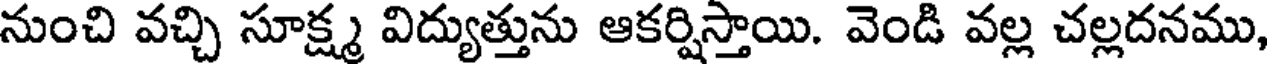
నుంచి వచ్చి సూక్ష్మ విద్యుత్తును ఆకర్షిస్తాయి. వెండి వల్ల చల్లదనము,